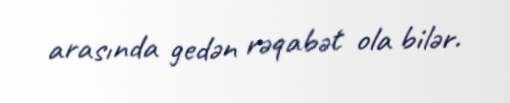
arasında gedən rəqabət ola bilər.